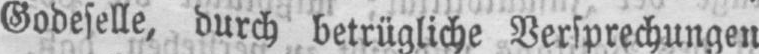
Godeselle, durch betrügliche Versprechungen